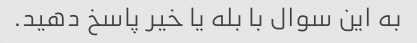
به این سوال با بله یا خیر پاسخ دهید.